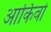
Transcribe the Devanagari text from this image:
आर्किवो